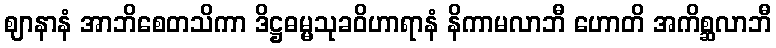
ဈာနာနံ အာဘိစေတသိကာ ဒိဋ္ဌဓမ္မသုခဝိဟာရာနံ နိကာမလာဘီ ဟောတိ အကိစ္ဆလာဘီ